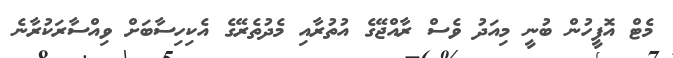
މެޓް އޮފީހުން ބުނީ މިއަދު ވެސް ރާއްޖޭގެ އުތުރާއި މެދުތެރޭގެ އެކިހިސާބަށް ވިއްސާރަކުރާނެ